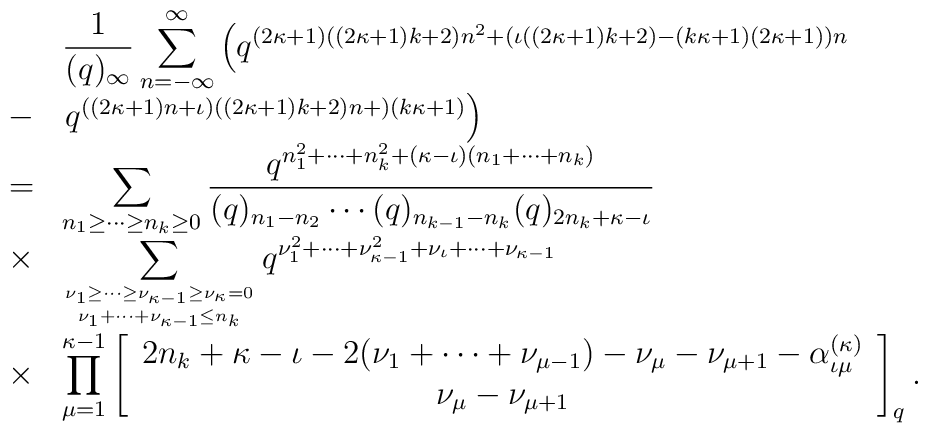
\begin{array}{cl}&\displaystyle\frac{1}{(q)_{\infty}}\sum_{n=-\infty}^{\infty}\left( q^{(2\kappa +1)((2\kappa +1)k+2)n^2 +          (\iota ((2\kappa +1)k+2)-(k\kappa +1)(2\kappa +1))n} \right. \\- &\left. q^{((2\kappa +1)n+\iota )((2\kappa +1)k+2)n+)(k\kappa +1)} \right) \\= &\displaystyle\sum_{n_1 \geq \cdots \geq n_{k}\geq 0}\frac{q^{n_1^2 +\cdots + n_{k}^2        +(\kappa -\iota )(n_1 + \cdots + n_{k})}}     {(q)_{n_1 - n_2 }\cdots (q)_{n_{k-1}-n_{k}}      (q)_{2n_{k}+\kappa -\iota }} \\\times &\displaystyle\sum_{\nu _1 \geq \cdots \geq \nu _{\kappa -1} \geq \nu _{\kappa }=0 \atop      \nu _{1} + \cdots + \nu _{\kappa -1} \leq n_{k}}q^{\nu _1^2 + \cdots + \nu _{\kappa -1}^2  +\nu _{\iota } + \cdots + \nu _{\kappa -1}} \\\times &\displaystyle\prod_{\mu =1}^{\kappa -1}\left[ \begin{array}{c}2n_{k} +\kappa -\iota -2(\nu _{1} +\cdots + \nu _{\mu -1})-\nu _{\mu } -\nu _{\mu +1}-\alpha^{(\kappa )}_{\iota \mu } \\\nu _{\mu } -\nu _{\mu +1}\end{array} \right]_q .\end{array}